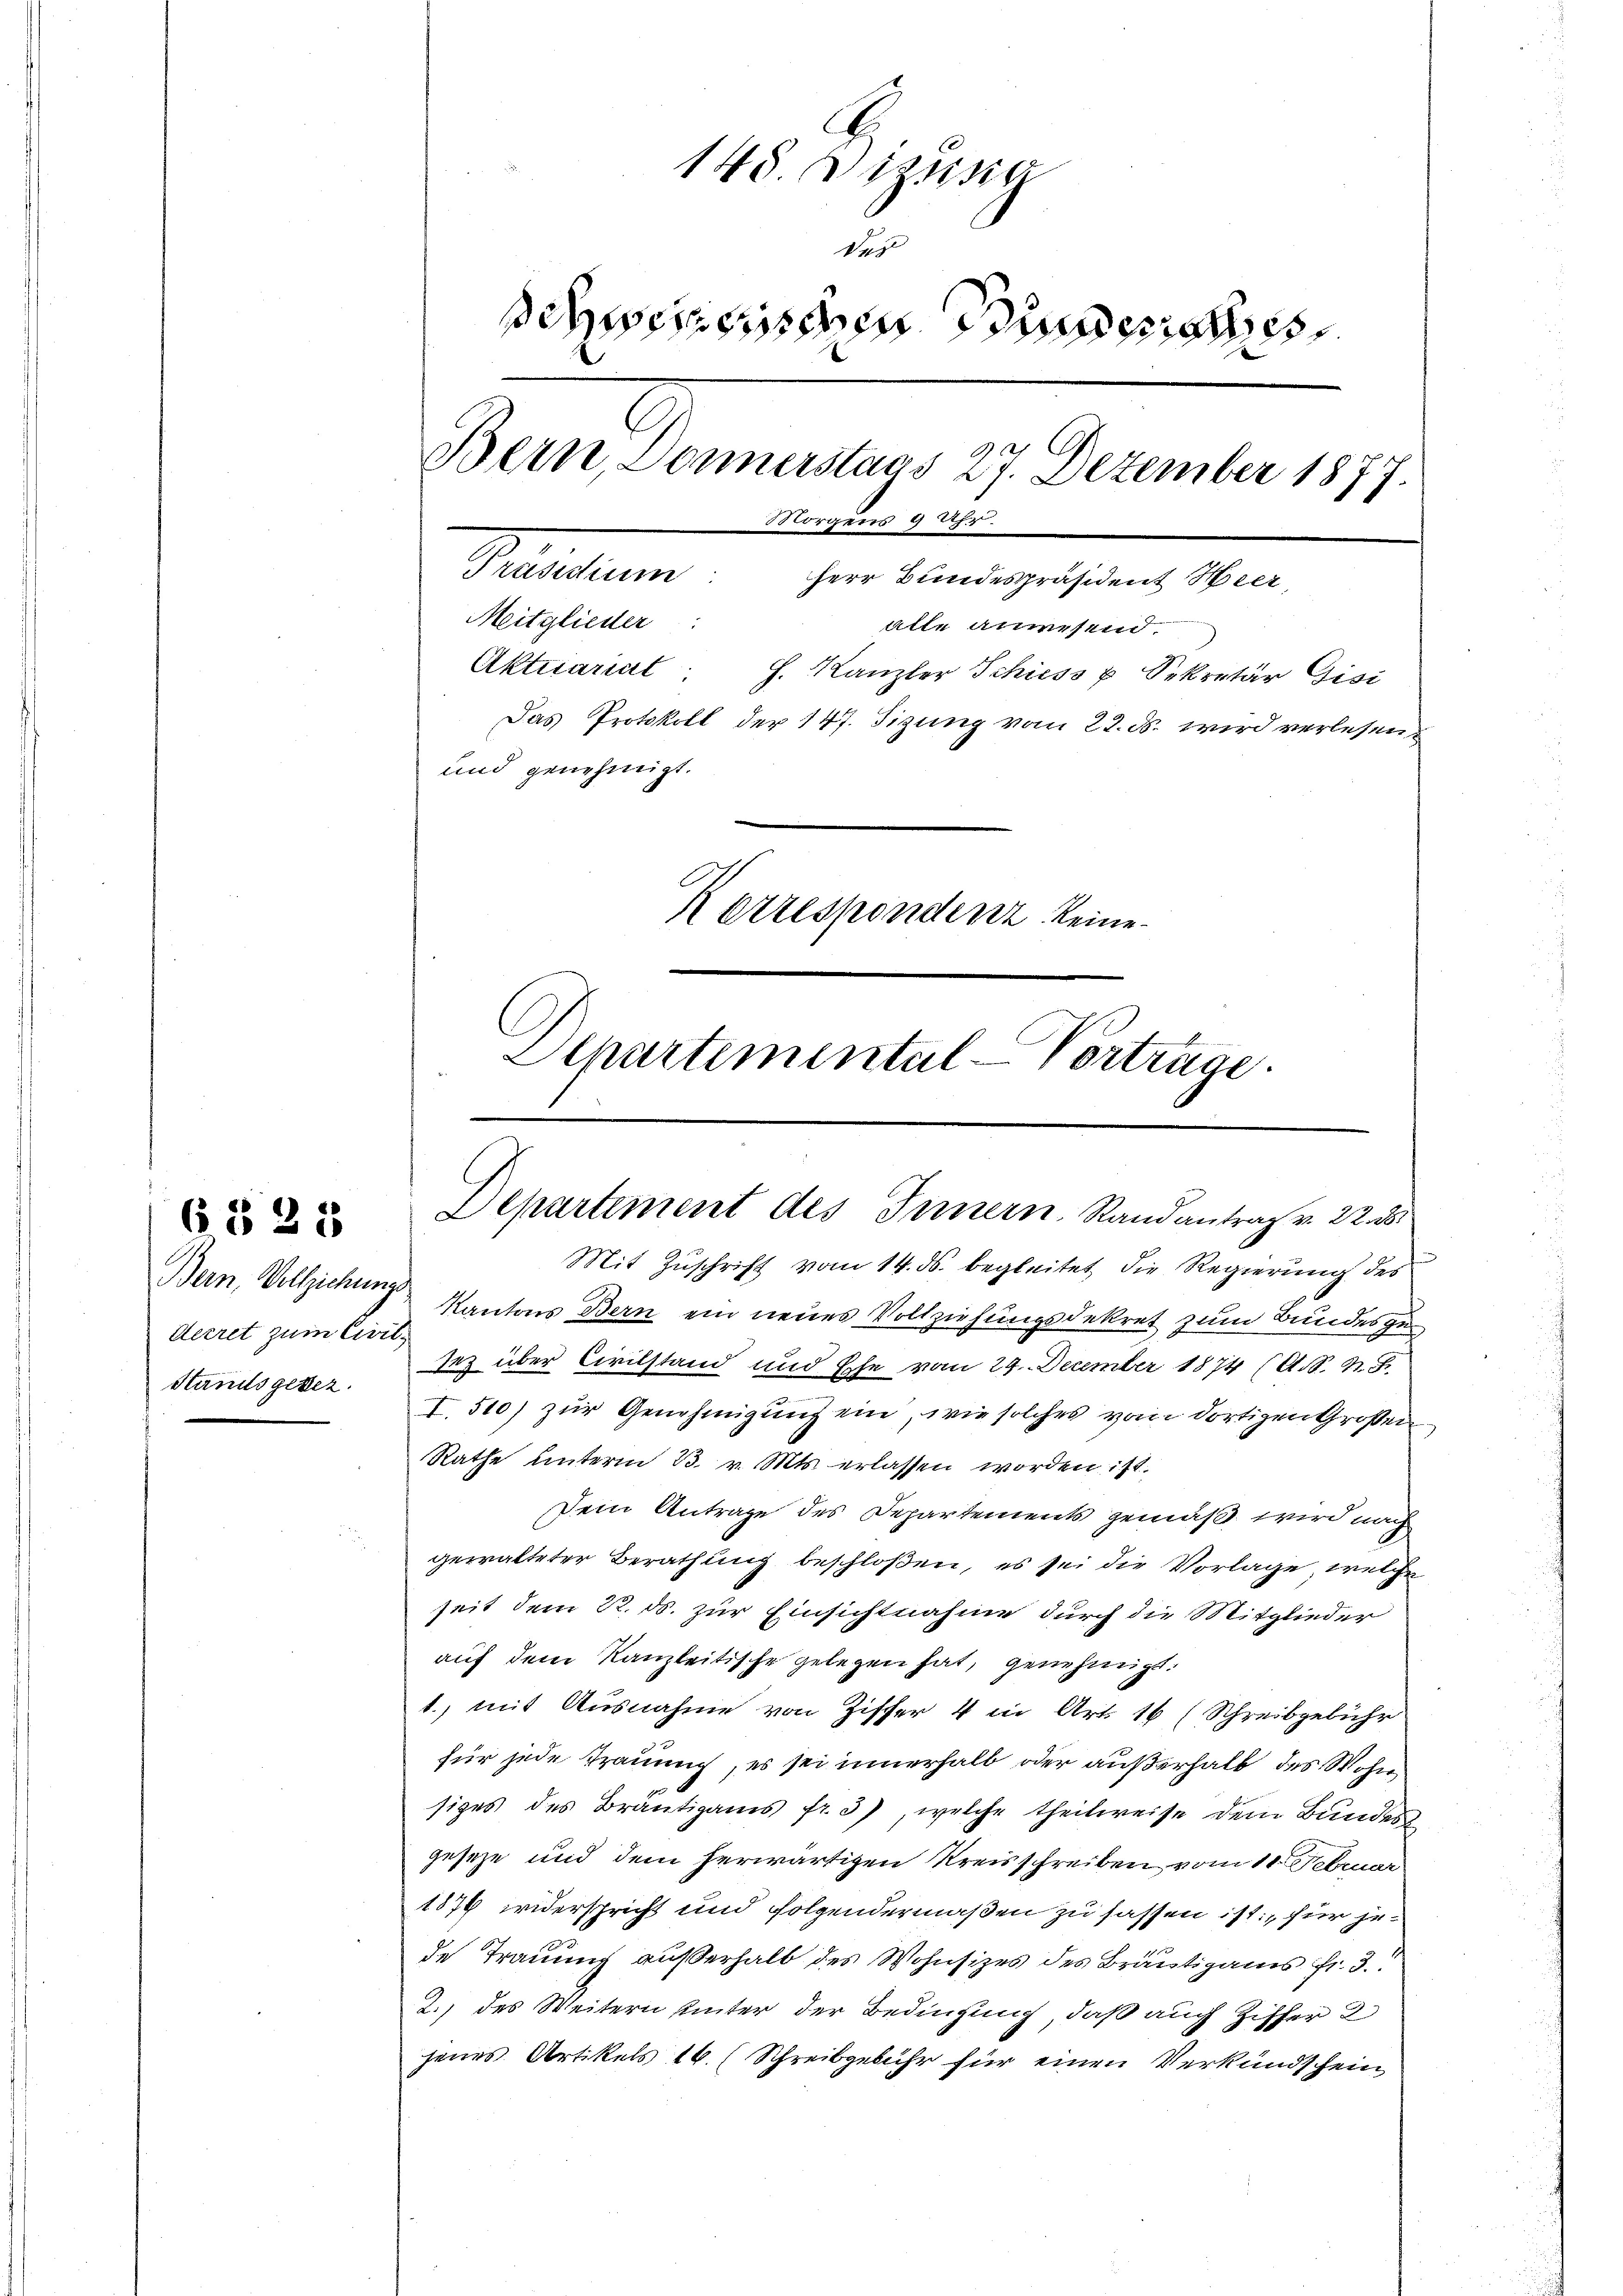
Bern, Vollziehung.
decret zum Civil¬
Standsgesez

6 § 28

148 Wizlista
Ver
schweizerischen Bunderathes
Bern, Donnerstaas 27. Dezember 1877.
Morgens 9 Uhr.
Präsidium Herr Bundespräsident Heer,
Meitglieder:
alle anwesend.
Aktuarial h. Kanzler Schiess u. Sekretär Gisi
Das Protokoll der 147. Sizung vom 22. ds. wird verlesen
und genehmigt.
Korrespondenz keine
Departemental-Vorträge.

Departement des Innern, Randantrag v. 22. ds.

Mit Zuschrift vom 14. ds. begleitet die Regierung des
Kantons Bern ein neues Vollziehungsdekret zum Bundesge¬
Inz über Civilstand und Ehe vom 29. December 1874 (A.S. M. D.
I. 510) zŭr Genehmigŭng ein, wie solches vom dortigen Großen
Rathe unterm 23. v. Mts. erlassen worden ist.
Dein Antrage des Departements gemäß wird nach
gewalteter Berathung beschloßen, es sei die Vorlage, welche
seit dem 22. ds. zur Einsichtnahme durch die Mitglieder
auf dem Kanzleitische gelegen hat, genehmigt.
1., mit Ausnahme von Ziffer 4 in Art. 16 (Schreibgebühr
für jede Traum, es sei innerhalb oder außerhalb des Wohn
siges des Bräŭtigams fr. 3), welche theilweise dem Bundes
geseze und dem herwärtigen Kreisschreiben vom 11. Februar
1879 widerspricht und folgendermaßen zu sassen ist, für jede Trauung außerhalb des Wohnsitzes des Bräutigams fr. 3.
2.) des Weitern hinter der Bedingung, daß auch Ziffer 2
jenes Artikels 16. (Schreibgebühr für einen Verkundschein